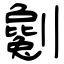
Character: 劖